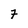
Character: 7